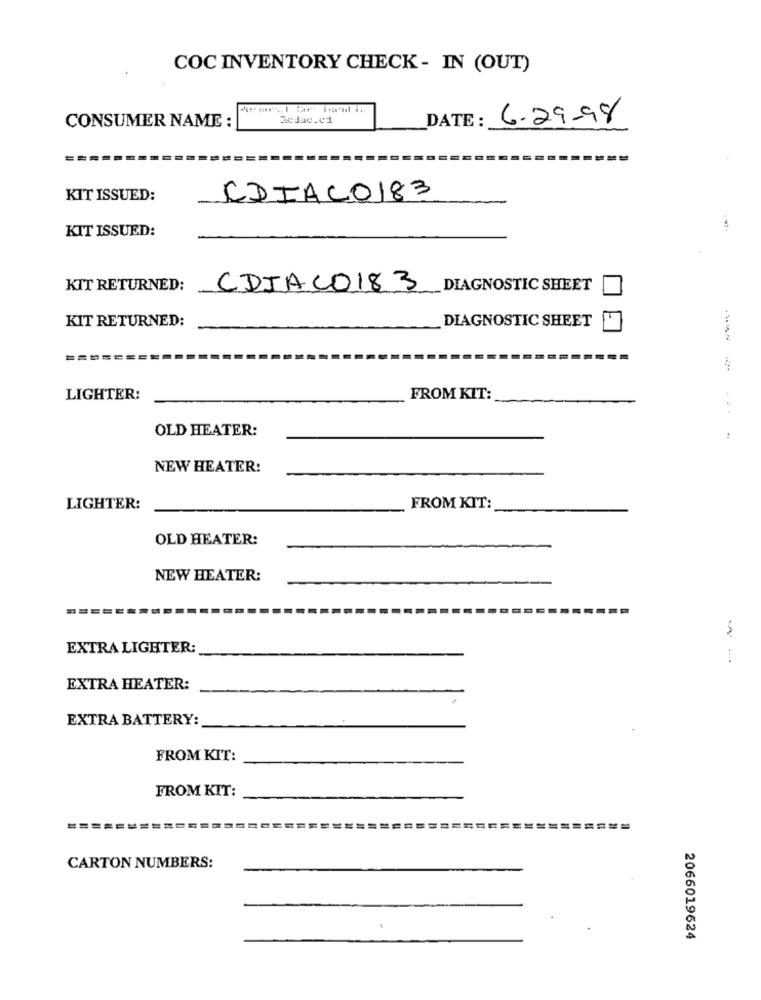
COC INVENTORY CHECK - IN (OUT)
Sedac.c1
DATE :
6.29-98
CONSUMER NAME :
KIT ISSUED:
CDIAC0183
KIT ISSUED:
KIT RETURNED:
CDIAC0183 DIAGNOSTIC SHEET
KIT RETURNED:
DIAGNOSTIC SHEET
LIGHTER:
FROM KIT:
OLD HEATER:
NEW HEATER:
LIGHTER:
FROM KIT:
OLD HEATER:
NEW HEATER:
EXTRA LIGHTER:
EXTRA HEATER:
EXTRA BATTERY:
FROM KIT:
FROM KIT:
========
=============
CARTON NUMBERS:
2066019624